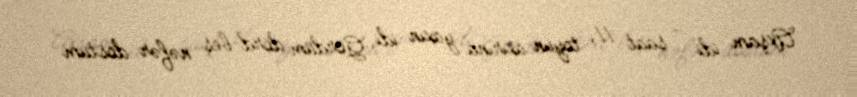
Axşam idi - saat 11, toyun axırına yaxın idi. Gördüm dörd-beş nəfər dostum